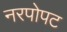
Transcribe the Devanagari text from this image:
नरपोपट